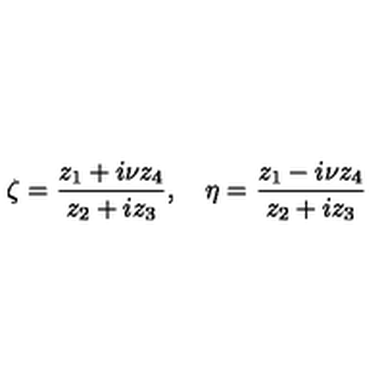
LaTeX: \zeta = \frac { z _ { 1 } + i \nu z _ { 4 } } { z _ { 2 } + i z _ { 3 } } , \quad \eta = \frac { z _ { 1 } - i \nu z _ { 4 } } { z _ { 2 } + i z _ { 3 } }